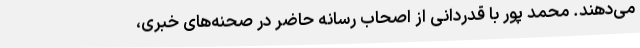
می‌دهند. محمد پور با قدردانی از اصحاب رسانه حاضر در صحنه‌های خبری،